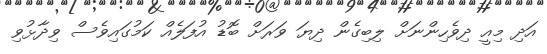
އަދި މިއީ ދިވެހިންނަށް ލިބިގެން ދިޔަ ވަރަށް ބޮޑު އުފަލެއް ކަމުގައިވެސް ވިދާޅުވި